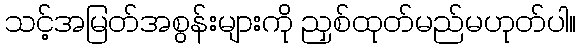
သင့်အမြတ်အစွန်းများကို ညှစ်ထုတ်မည်မဟုတ်ပါ။